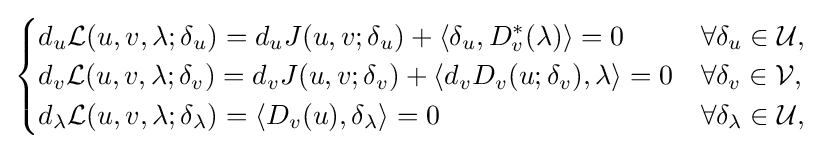
{\begin{cases}d_{u}{\mathcal {L}}(u,v,\lambda ;\delta _{u})=d_{u}J(u,v;\delta _{u})+\langle \delta _{u},D_{v}^{*}(\lambda )\rangle =0&\forall \delta _{u}\in {\mathcal {U}},\\d_{v}{\mathcal {L}}(u,v,\lambda ;\delta _{v})=d_{v}J(u,v;\delta _{v})+\langle d_{v}D_{v}(u;\delta _{v}),\lambda \rangle =0&\forall \delta _{v}\in {\mathcal {V}},\\d_{\lambda }{\mathcal {L}}(u,v,\lambda ;\delta _{\lambda })=\langle D_{v}(u),\delta _{\lambda }\rangle =0\quad &\forall \delta _{\lambda }\in {\mathcal {U}},\end{cases}}